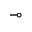
\multimap